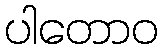
ပါတောဝ